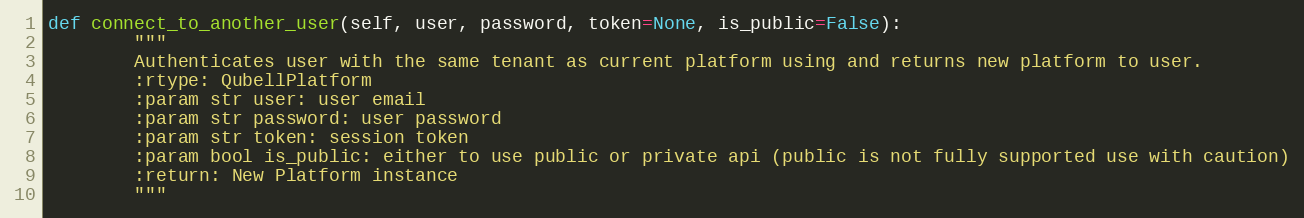
Language: Python
def connect_to_another_user(self, user, password, token=None, is_public=False):
        """
        Authenticates user with the same tenant as current platform using and returns new platform to user.
        :rtype: QubellPlatform
        :param str user: user email
        :param str password: user password
        :param str token: session token
        :param bool is_public: either to use public or private api (public is not fully supported use with caution)
        :return: New Platform instance
        """